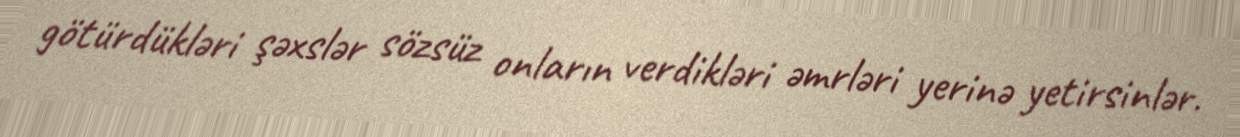
götürdükləri şəxslər sözsüz onların verdikləri əmrləri yerinə yetirsinlər.